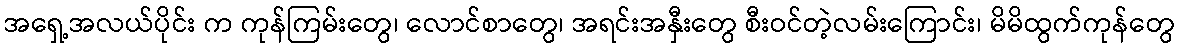
အရှေ့အလယ်ပိုင်း က ကုန်ကြမ်းတွေ၊ လောင်စာတွေ၊ အရင်းအနှီးတွေ စီးဝင်တဲ့လမ်းကြောင်း၊ မိမိထွက်ကုန်တွေ